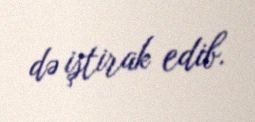
də iştirak edib.